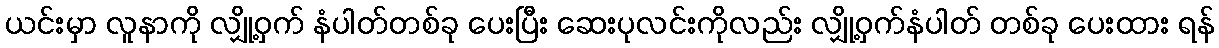
ယင်းမှာ လူနာကို လျှို့ဝှက် နံပါတ်တစ်ခု ပေးပြီး ဆေးပုလင်းကိုလည်း လျှို့ဝှက်နံပါတ် တစ်ခု ပေးထား ရန်